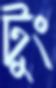
টুং